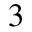
3